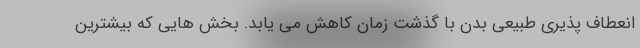
انعطاف پذیری طبیعی بدن با گذشت زمان کاهش می یابد. بخش هایی که بیشترین